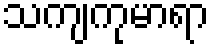
သကျကုမာရာ